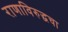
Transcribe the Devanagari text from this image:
राणाविरुद्धचा